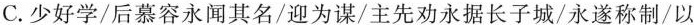
C.少好学/后慕容永闻其名/迎为谋/主先劝永据长子城/永遂称制/以